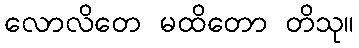
လောလိတေ မထိတော တိသု။